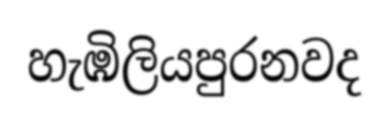
හැඹිලියපුරනවද